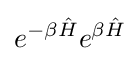
e^{-\beta {\hat {H}}}e^{\beta {\hat {H}}}